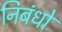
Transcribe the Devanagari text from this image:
निबंधो